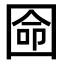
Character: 𡇳